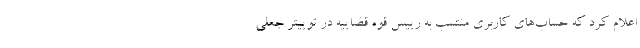
اعلام کرد که حساب‌های کاربری منتسب به رییس قوه قضاییه در توییتر جعلی